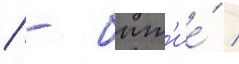
/ - быт'ие́ /